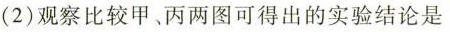
(2)观察比较甲、丙两图可得出的实验结论是